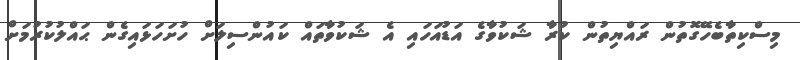
މިސްކިތާބެހޭގޮތުން ރައްޔިތުން ކުރާ ޝަކުވާގެ އަޑުއަހައި އެ ޝަކުވާތައް ކައުންސިލަށް ހުށަހަޅައިގެން ޙައްލުކުރުމަށް